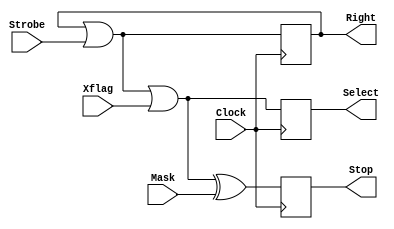
module Assignment_Circuit2(
input 			Clock, Strobe, Xflag, Mask,
output	reg 	Right, Select, Stop);
 
always @(posedge Clock)
begin
   Right = Right | Strobe;
   Select = Right | Xflag;
   Stop <= Select ^Mask;
end
endmodule